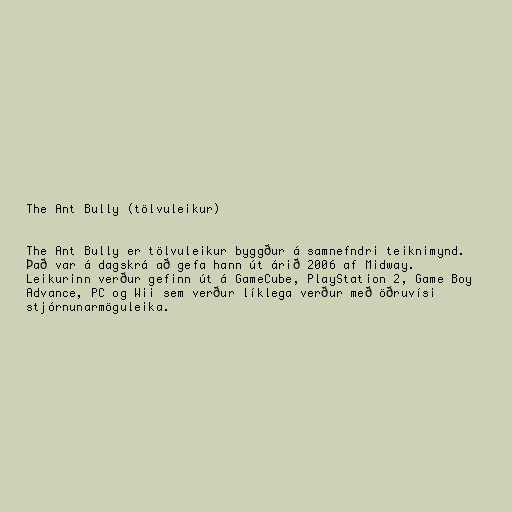
The Ant Bully (tölvuleikur)

The Ant Bully er tölvuleikur byggður á samnefndri teiknimynd.
Það var á dagskrá að gefa hann út árið 2006 af Midway.
Leikurinn verður gefinn út á GameCube, PlayStation 2, Game Boy
Advance, PC og Wii sem verður líklega verður með öðruvísi
stjórnunarmöguleika.